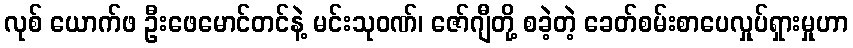
လုစ် ယောက်ဖ ဦးဖေမောင်တင်နဲ့ မင်းသုဝဏ်၊ ဇော်ဂျီတို့ စခဲ့တဲ့ ခေတ်စမ်းစာပေလှုပ်ရှားမှုဟာ